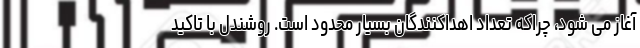
آغاز می شود، چراکه تعداد اهداکنندگان بسیار محدود است. روشندل با تاکید